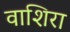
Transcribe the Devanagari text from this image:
वाशिरा